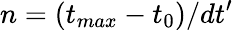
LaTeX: n=(t_{max}-t_{0})/dt^{\prime}